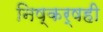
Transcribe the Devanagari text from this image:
निष्कर्षही